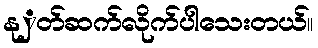
နုှတ်ဆက်လိုက်ပါသေးတယ်။